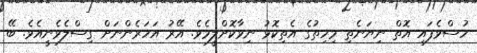
ހުސްވެފައި އޮތް ނިޔަނެތި މިހިތުގެ އެތިކޮޅު ނިވާކޮށްލީމެވެ. އޭރު އަހަރެންނަށް ގިސްލެވެނީއެވެ. ބޭ